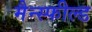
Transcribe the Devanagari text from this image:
मैन्स्फील्ड